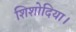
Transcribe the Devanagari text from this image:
शिशोदिया।